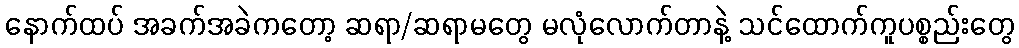
နောက်ထပ် အခက်အခဲကတော့ ဆရာ/ဆရာမတွေ မလုံလောက်တာနဲ့ သင်ထောက်ကူပစ္စည်းတွေ